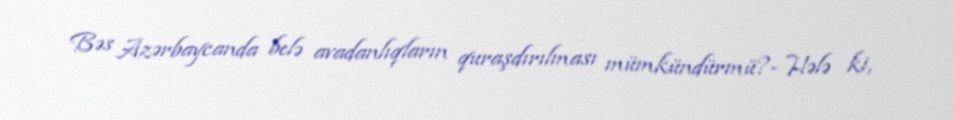
Bəs Azərbaycanda belə avadanlıqların quraşdırılması mümkündürmü?- Hələ ki,